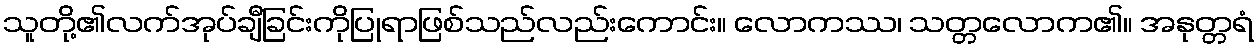
သူတို့၏လက်အုပ်ချီခြင်းကိုပြုရာဖြစ်သည်လည်းကောင်း။ လောကဿ၊ သတ္တလောက၏။ အနုတ္တရံ